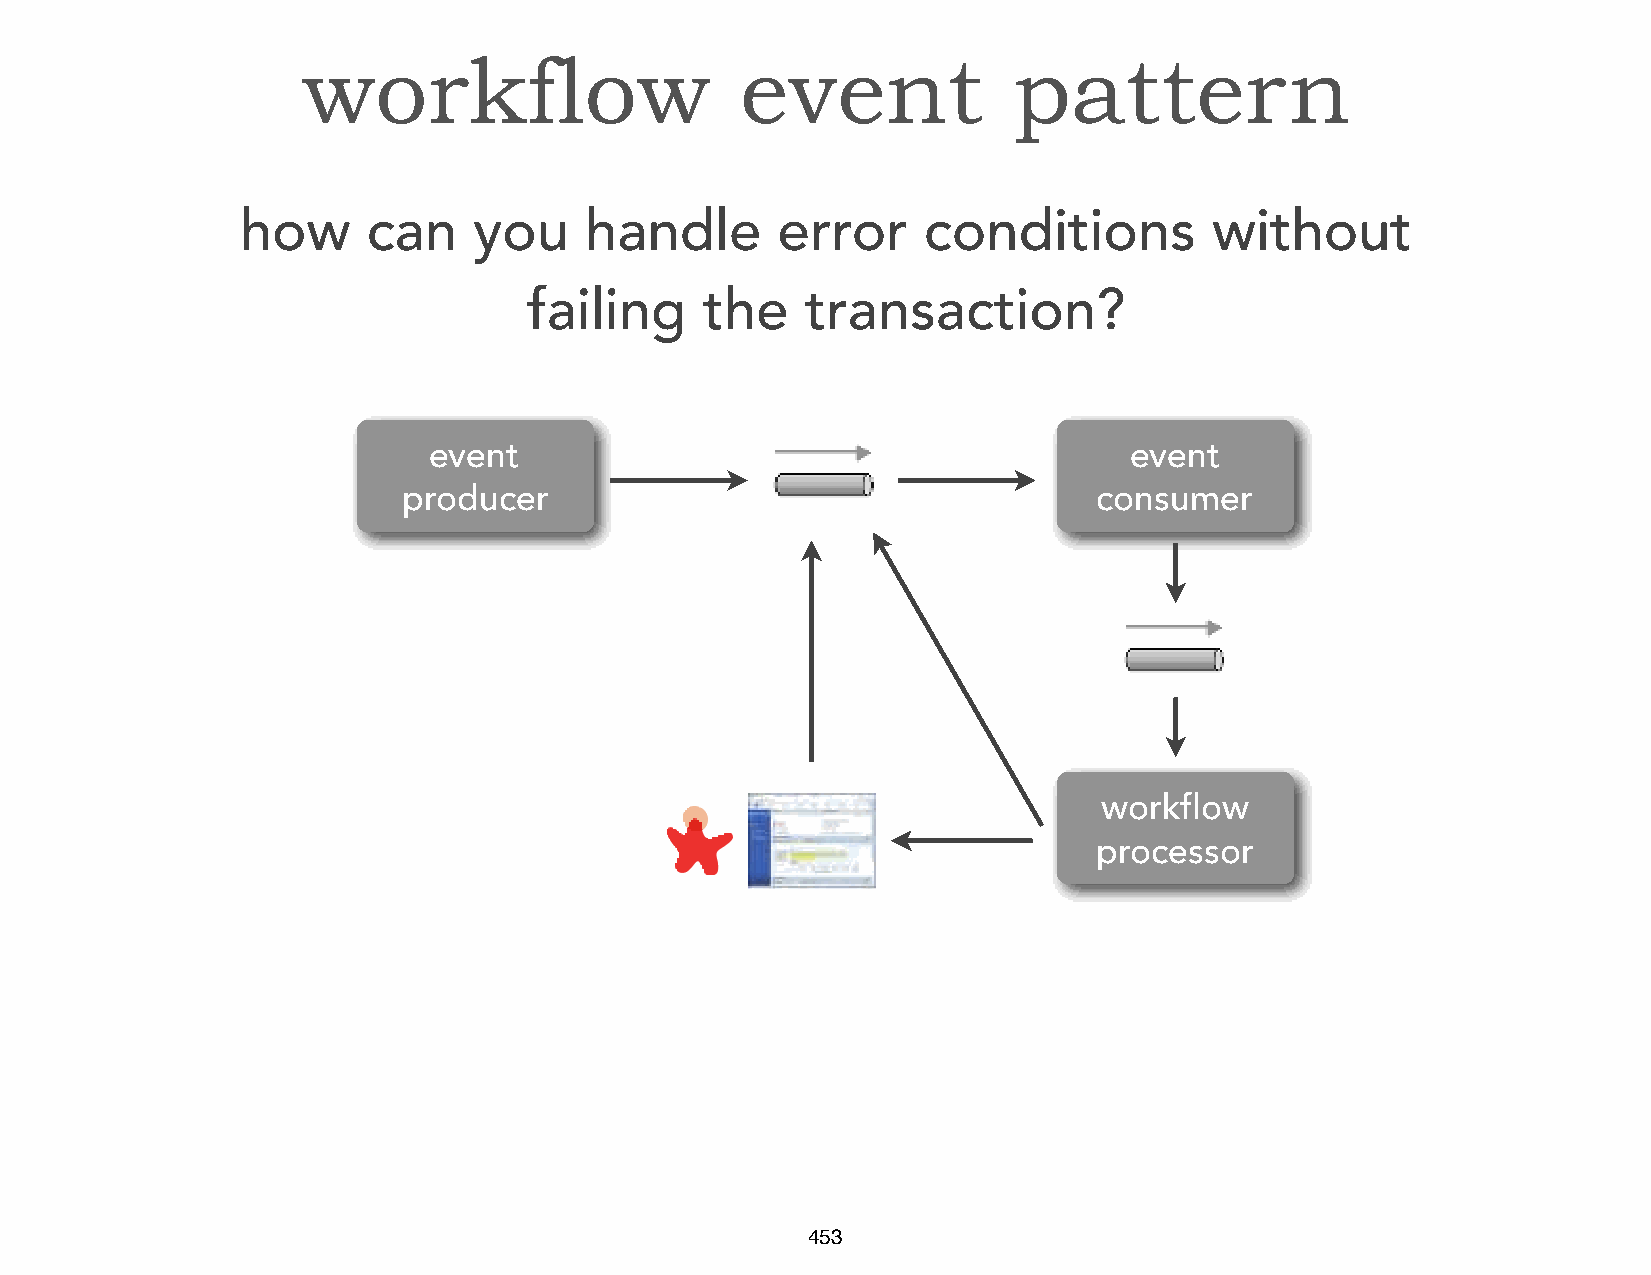
workflow                     event             pattern
 how     can    you     handle      error     conditions         without
 failing    the    transaction?
 event                                          event
 producer                                      consumer
 workflow
 processor
 453